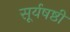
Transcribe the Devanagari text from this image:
सूर्यषष्ठी